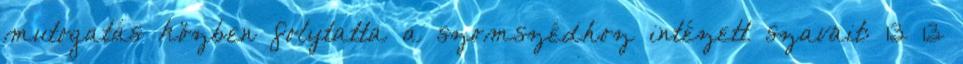
mutogatás közben folytatta a szomszédhoz intézett szavait: 13 13